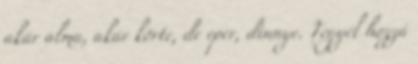
akár alma, akár körte, de eper, dinnye. Tegyél hozzá